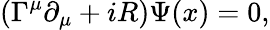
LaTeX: (\Gamma^{\mu}\partial_{\mu}+iR)\Psi(x)=0,